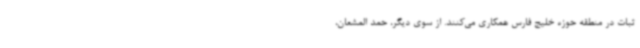
ثبات در منطقه حوزه خلیج فارس همکاری می‌کنند. از سوی دیگر، حمد المشعان،